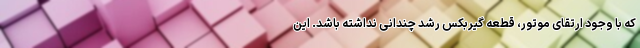
که با وجود ارتقای موتور، قطعه گیربکس رشد چندانی نداشته باشد. این